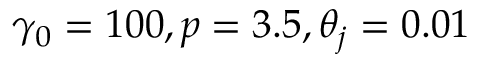
\gamma _ { 0 } = 1 0 0 , p = 3 . 5 , \theta _ { j } = 0 . 0 1